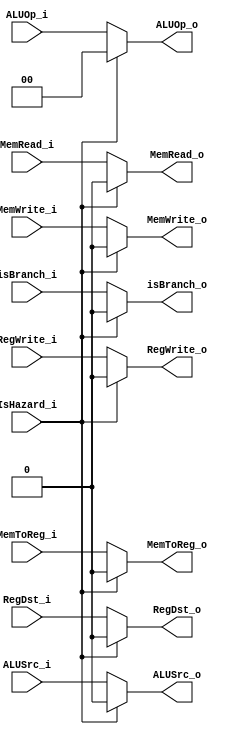
module MUX8 (
	IsHazard_i,

	//for EX
	RegDst_i,
	ALUOp_i,
	ALUSrc_i,

	// for WB
	RegWrite_i, 
	MemToReg_i,

	// for M
	MemRead_i, 
	MemWrite_i,
    isBranch_i,


	RegDst_o,
	ALUOp_o,
	ALUSrc_o,
	MemRead_o,
	MemWrite_o,
	RegWrite_o,
	MemToReg_o,
    isBranch_o
	
);
input IsHazard_i;
	
input RegDst_i; 
input [1:0] ALUOp_i; 
input ALUSrc_i; 
input RegWrite_i; 
input MemToReg_i; 
input MemRead_i; 
input MemWrite_i;
input isBranch_i;

output RegDst_o;
output [1:0] ALUOp_o;
output ALUSrc_o;
output MemRead_o;
output MemWrite_o;
output RegWrite_o;
output MemToReg_o;
output isBranch_o;

assign RegDst_o   = (IsHazard_i)? 1'b0 : RegDst_i;
assign ALUOp_o    = (IsHazard_i)? 2'b00 : ALUOp_i;
assign ALUSrc_o   = (IsHazard_i)? 1'b0 : ALUSrc_i;
assign MemRead_o  = (IsHazard_i)? 1'b0 : MemRead_i;
assign MemWrite_o = (IsHazard_i)? 1'b0 : MemWrite_i;
assign RegWrite_o = (IsHazard_i)? 1'b0 : RegWrite_i;
assign MemToReg_o = (IsHazard_i)? 1'b0 : MemToReg_i;
assign isBranch_o = (IsHazard_i)? 1'b0 : isBranch_i;

endmodule